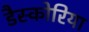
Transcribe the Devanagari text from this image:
डैस्कोरिया